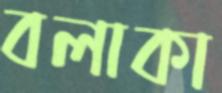
বলাকা